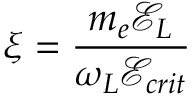
\xi = \frac { m _ { e } \mathcal { E } _ { L } } { \omega _ { L } \mathcal { E } _ { c r i t } }